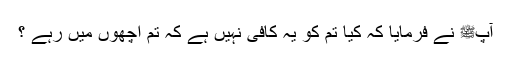
آپﷺ نے فرمایا کہ کیا تم کو یہ کافی نہیں ہے کہ تم اچھوں میں رہے ؟